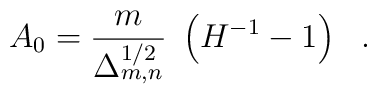
A_0 = \frac{m}{\Delta_{m,n}^{1/2}}~\left({H}^{-1}-1\right)~~.